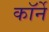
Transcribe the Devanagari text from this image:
कॉर्ने